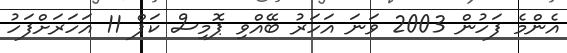
އެންމެ ފަހުން 2003 ވަނަ އަހަރު ބޭއްވި ޕޮމިސް ކަޕް 11 އަހަރަށްފަހު